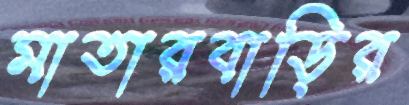
মাতারবাড়ির